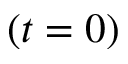
( t = 0 )